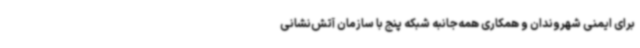
برای ایمنی شهروندان و همکاری همه‌جانبه شبکه پنج با سازمان آتش‌نشانی